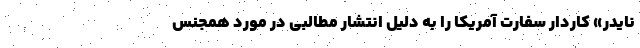
نایدر» کاردار سفارت آمریکا را به دلیل انتشار مطالبی در مورد همجنس